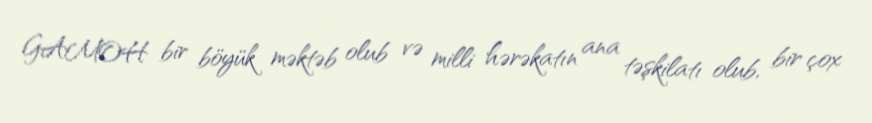
GAMOH bir böyük məktəb olub və milli hərəkatın ana təşkilatı olub, bir çox